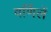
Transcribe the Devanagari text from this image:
वर्णिलें